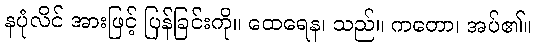
နပုံလိင် အားဖြင့် ပြန်ခြင်းကို။ ထေရေန၊ သည်။ ကတော၊ အပ်၏။